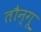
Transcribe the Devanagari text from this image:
तौन्गू